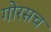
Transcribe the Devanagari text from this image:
गोरसच